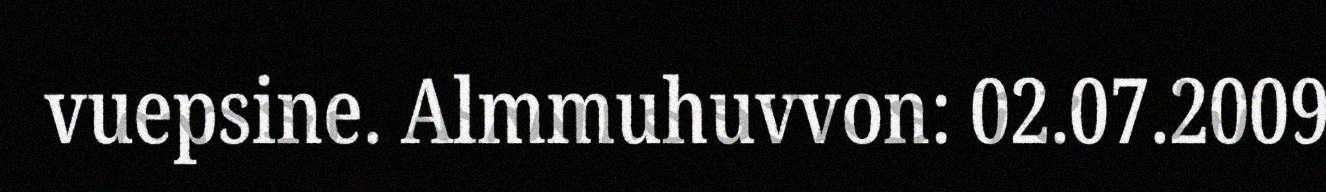
vuepsine. Almmuhuvvon: 02.07.2009